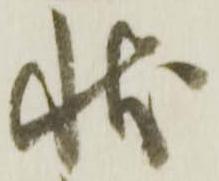
状